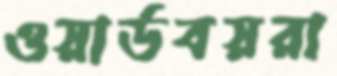
ওয়ার্ডবয়রা